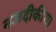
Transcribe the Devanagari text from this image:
नजदीकीया